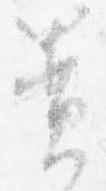
簀